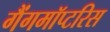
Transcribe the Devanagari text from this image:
गैंगमॉप्टरिस